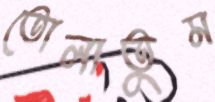
তোলাতুম